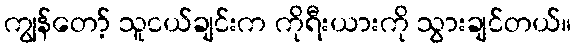
ကျွန်တော့် သူငယ်ချင်းက ကိုရီးယားကို သွားချင်တယ်။